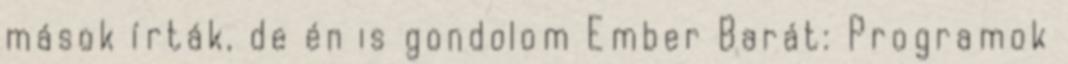
mások írták, de én is gondolom Ember Barát: Programok